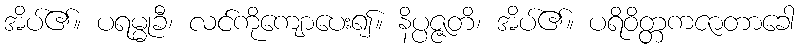
အိပ်၏။ ပရမ္မုခီ၊ လင်ကိုကျောပေး၍။ နိပ္ပဇ္ဇတိ၊ အိပ်၏။ ပရိဝိတ္တကဇာတာခေါ